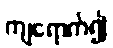
ကျရောက်၍